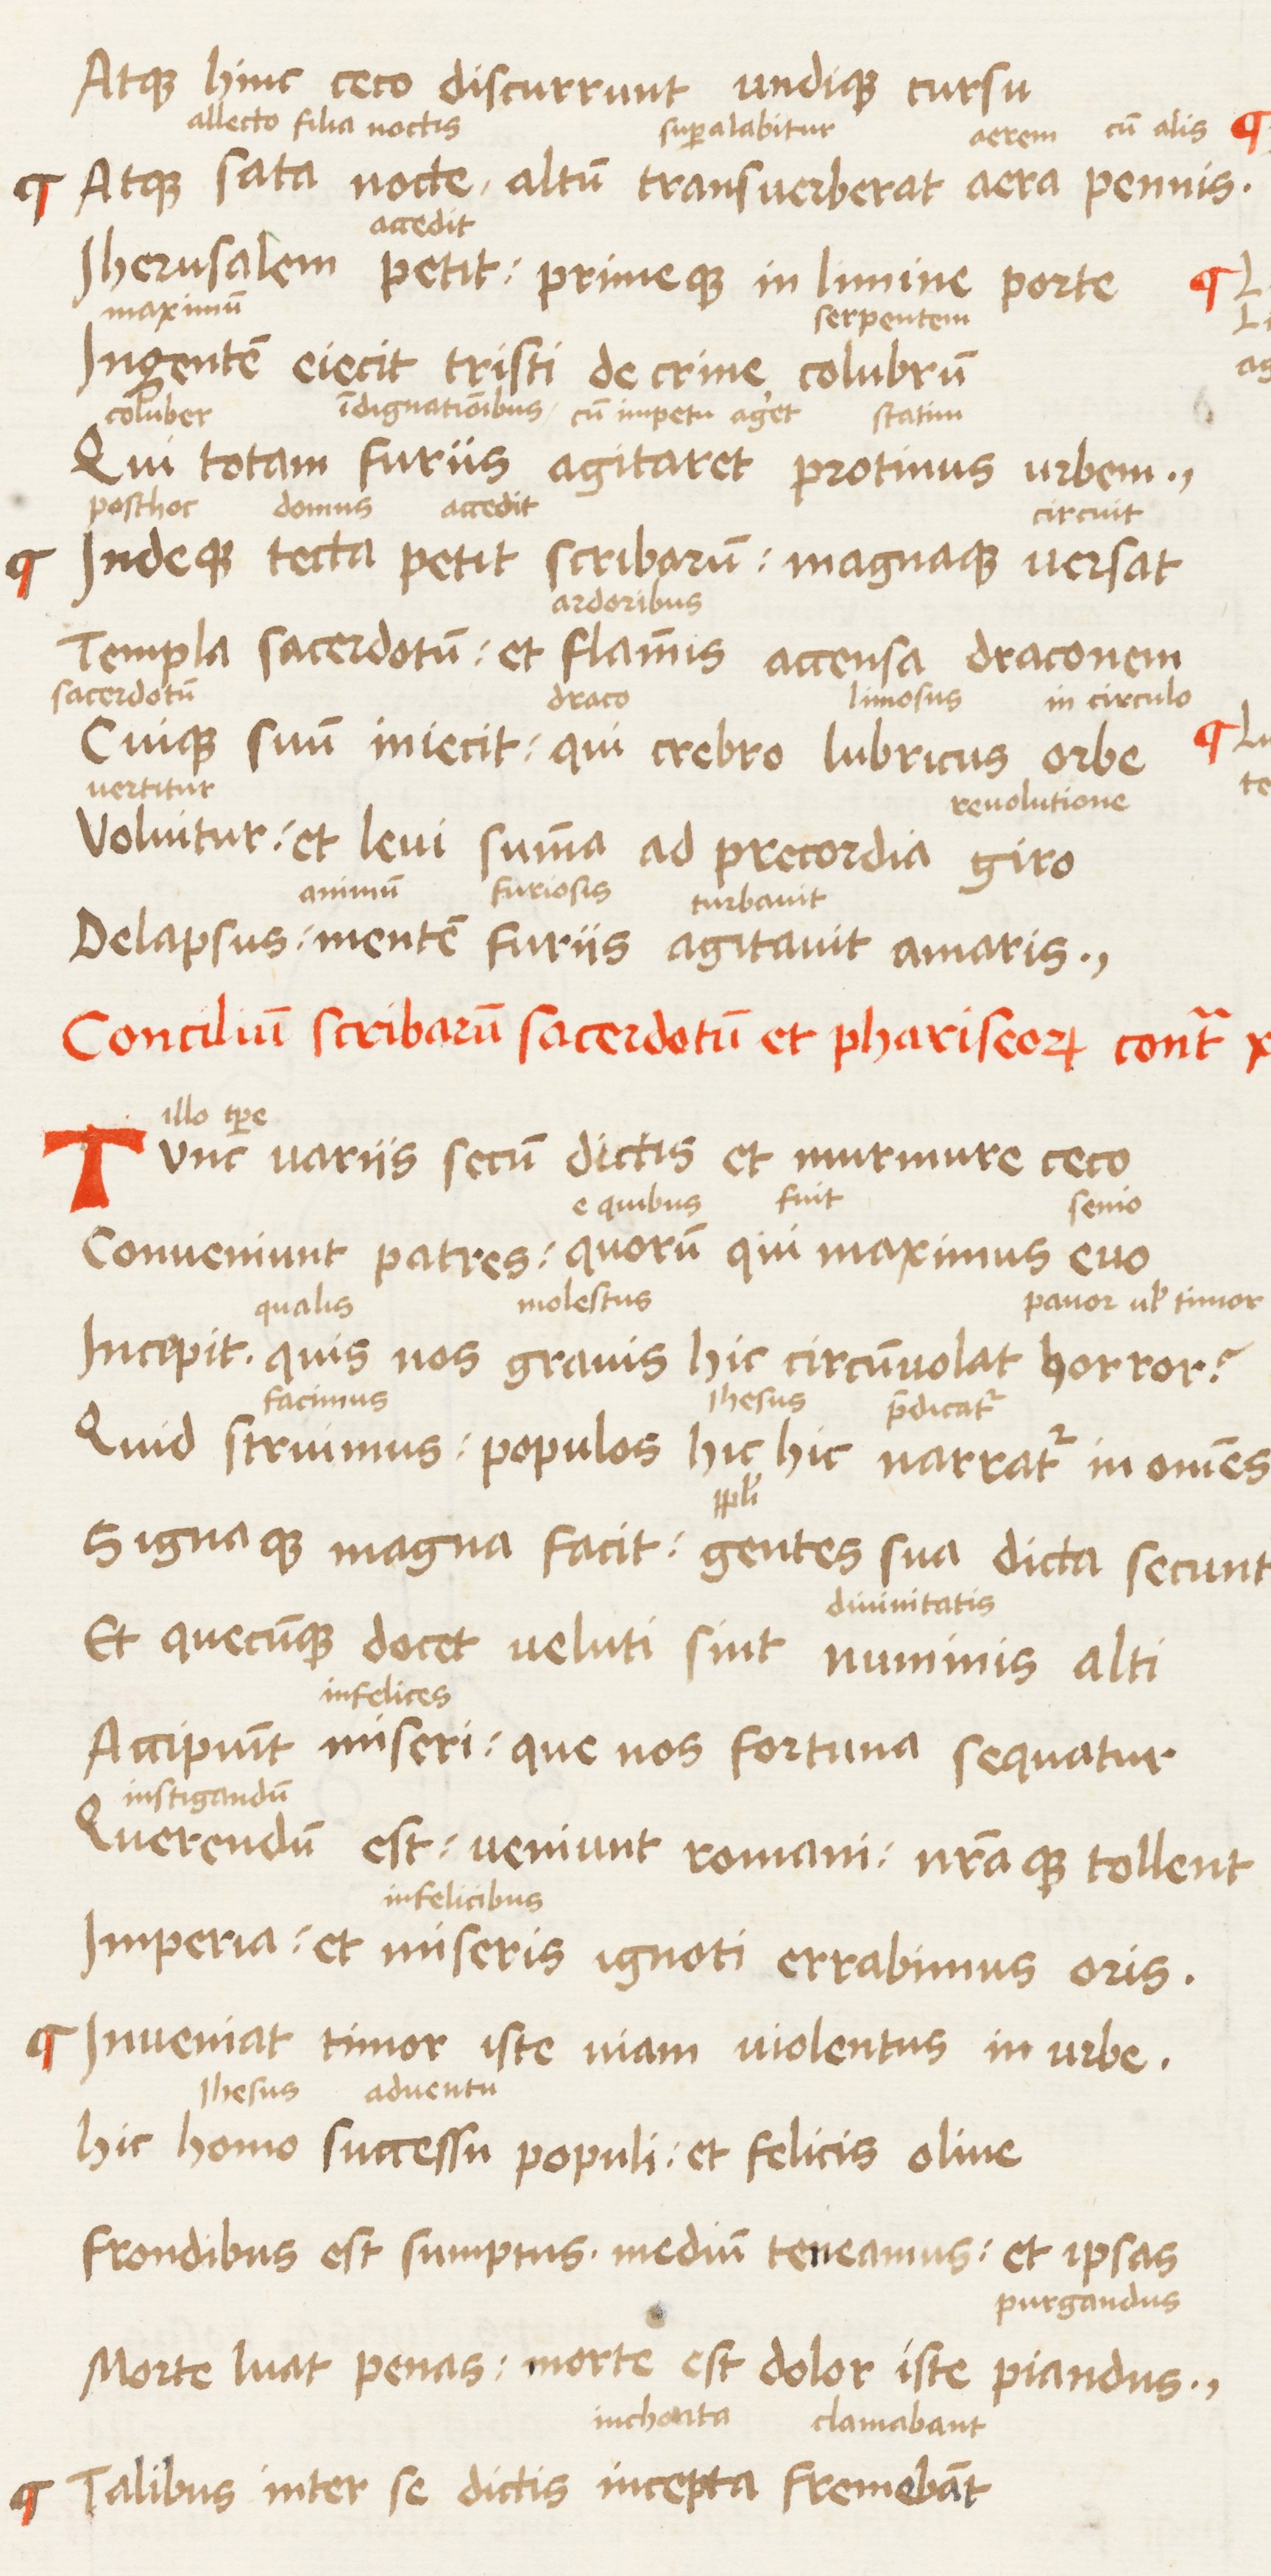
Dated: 1450–1474